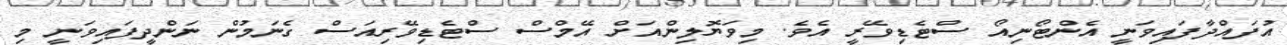
އުފައްދާފައިވަނީ އެންޓޯނިއޯ ސްޓެޑިވޭރީ އެވެ. މިވަޔޮލިންއަށް އޭމްސް ސްޓެޑިވޭރިއަސް ގެނަމުން ނަންދީފައިވަނީ މި